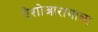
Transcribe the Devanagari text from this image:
ऐशोआरामाला